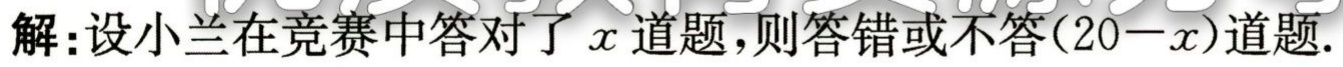
解：设小兰在竞赛中答对了\(x\)道题，则答错或不答\((20 - x)\)道题.